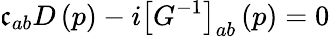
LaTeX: \mathfrak{c}_{ab}D\left(p\right)-i\left[G^{-1}\right]_{ab}\left(p\right)=0